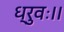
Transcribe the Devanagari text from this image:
ध्रुवः।।